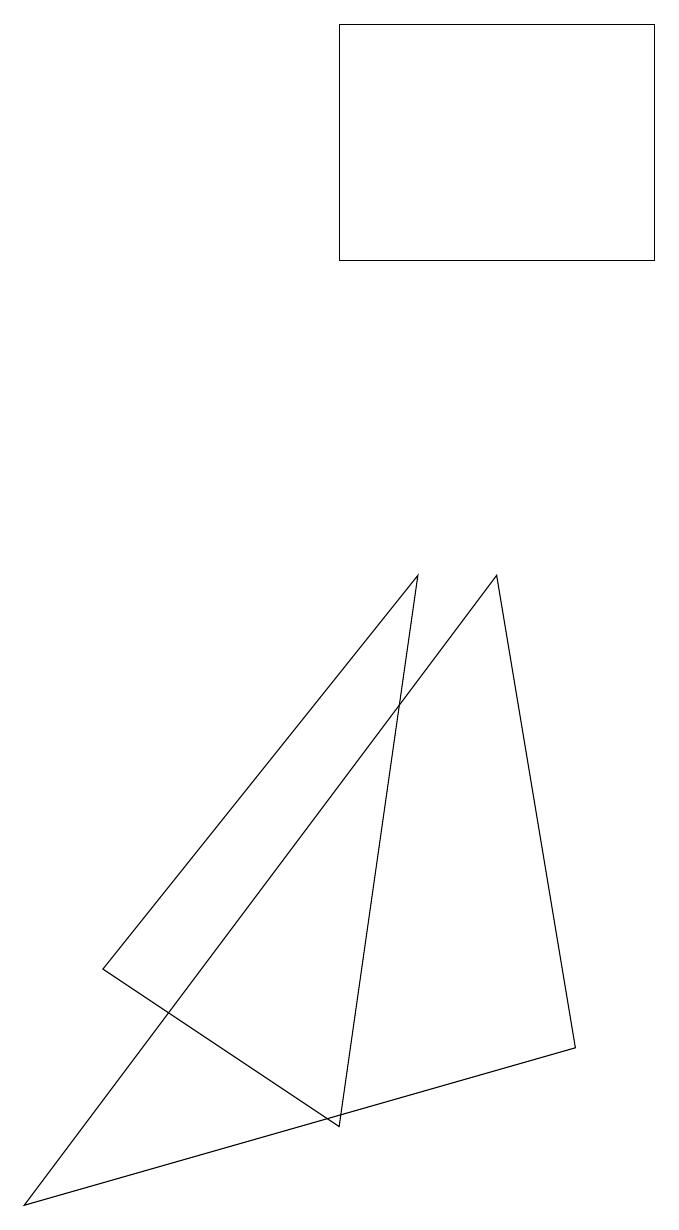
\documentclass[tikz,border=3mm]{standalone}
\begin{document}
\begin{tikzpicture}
\draw (7,9) -- (1,1) -- (8,3) -- cycle;
\draw (9,16) rectangle (5,13);
\draw (5,2) -- (2,4) -- (6,9) -- cycle;
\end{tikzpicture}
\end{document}